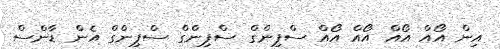
އިން އޯއް އޯއް އޯއް އޯއް ސްޕިންގް ސްޕިންގް ސްޕިންގް އެން ޑާންސް